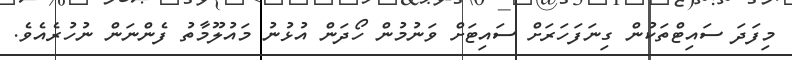
މިފަދަ ސައިޓްތަކުން ގިނަފަހަރަށް ސައިޓަށް ވަނުމުން ހޯދަން އުޅުނު މައުލޫމާތު ފެންނަން ނުހުރެއެވެ.